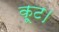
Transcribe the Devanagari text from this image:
कूट।